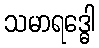
သမာရဒ္ဓေါ